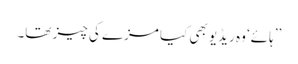
’’ہائے‘ وہ ریڈیو بھی کیا مزے کی چیز تھا۔